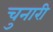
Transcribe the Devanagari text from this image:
चुनारी